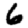
Digit: 6